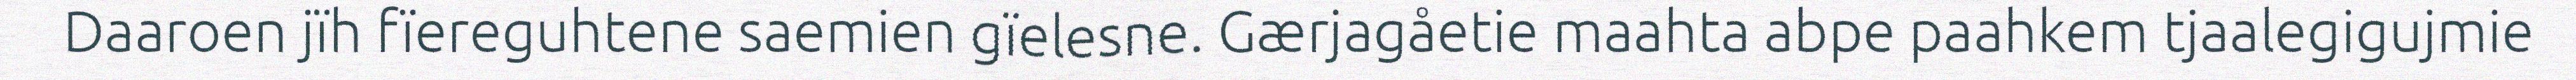
Daaroen jïh fïereguhtene saemien gïelesne. Gærjagåetie maahta abpe paahkem tjaalegigujmie